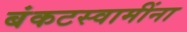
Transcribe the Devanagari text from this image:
बंकटस्वामींना